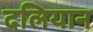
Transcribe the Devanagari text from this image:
दलियान